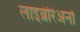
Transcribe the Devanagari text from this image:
लाइब्रेरिअनों